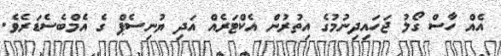
އެއް ހާސް ގޯލު ޖަހައިދިނުމުގެ އިތުރުން އެކްޓަރެއް އަދި ޔުނިސެޕް ގެ އެމްބެސެޑަރެވެ.